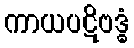
ကာယပဋိဗဒ္ဓံ